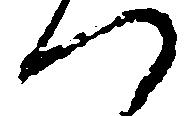
つ